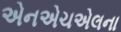
એનએચએલના